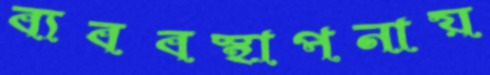
ব্যববস্থাপনায়